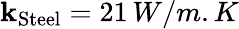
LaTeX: \mathbf{k}_{\mathrm{{Steel}}}=21\, W/m.K